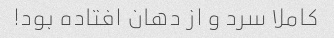
کاملا سرد و از دهان افتاده بود!